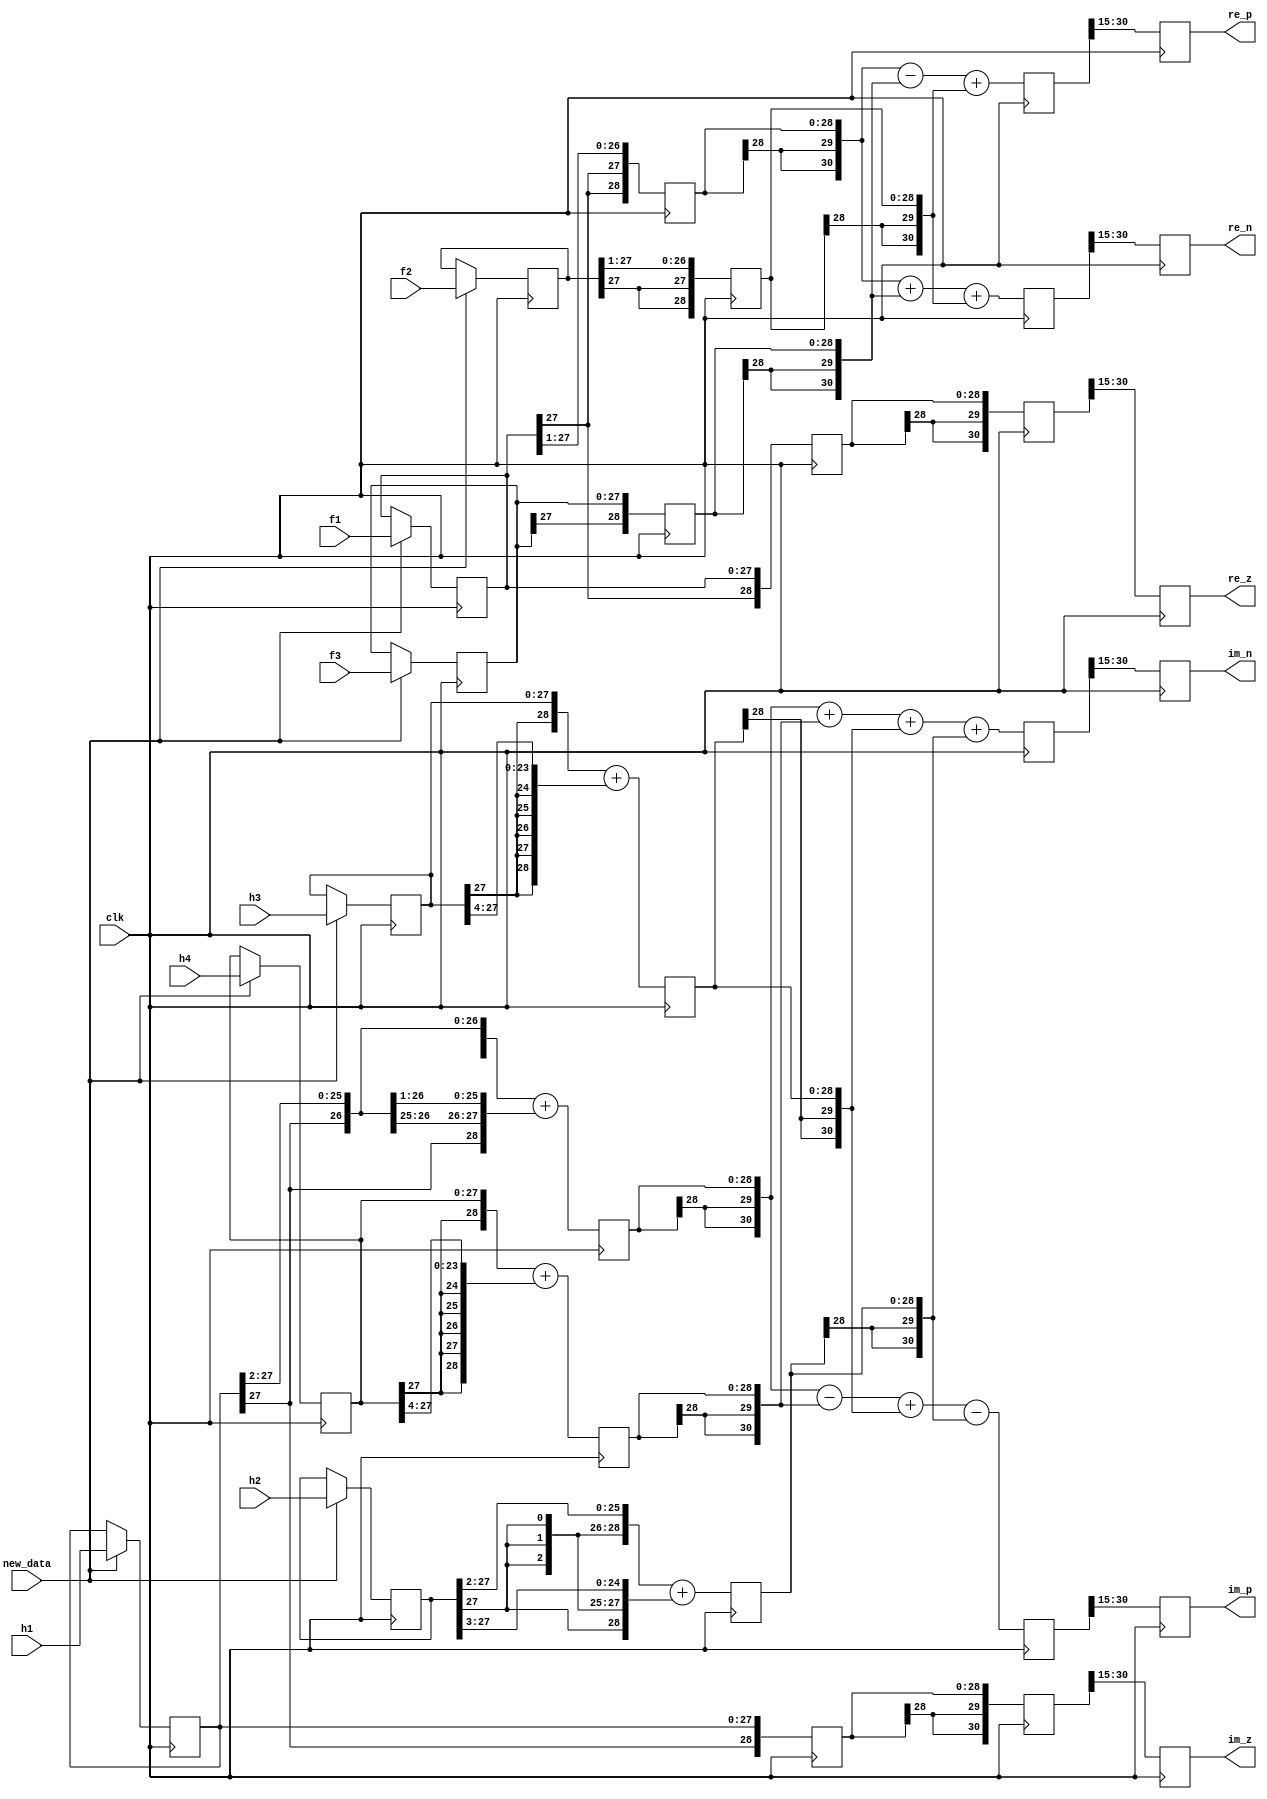
module steer_fltr (clk, new_data, f1, f2, f3, h1, h2, h3, h4, re_z, im_z, re_p, im_p, re_n, im_n);
   input clk; 
   input new_data; 
   input[27:0] f1; 
   input[27:0] f2; 
   input[27:0] f3; 
   input[27:0] h1; 
   input[27:0] h2; 
   input[27:0] h3; 
   input[27:0] h4; 
   output[15:0] re_z; 
   reg[15:0] re_z;
   output[15:0] im_z; 
   reg[15:0] im_z;
   output[15:0] re_p; 
   reg[15:0] re_p;
   output[15:0] im_p; 
   reg[15:0] im_p;
   output[15:0] re_n; 
   reg[15:0] re_n;
   output[15:0] im_n; 
   reg[15:0] im_n;
   reg[27:0] f1_reg; 
   reg[27:0] f2_reg; 
   reg[27:0] f3_reg; 
   reg[27:0] h1_reg; 
   reg[27:0] h2_reg; 
   reg[27:0] h3_reg; 
   reg[27:0] h4_reg; 
   reg[28:0] re_z_tmp_1; 
   reg[28:0] im_z_tmp_1; 
   reg[28:0] re_p_tmp_1; 
   reg[28:0] re_p_tmp_2; 
   reg[28:0] re_p_tmp_3; 
   reg[28:0] im_p_tmp_1; 
   reg[28:0] im_p_tmp_2; 
   reg[28:0] im_p_tmp_3; 
   reg[28:0] im_p_tmp_4; 
   reg[30:0] re_z_tmp; 
   reg[30:0] im_z_tmp; 
   reg[30:0] re_p_tmp; 
   reg[30:0] im_p_tmp; 
   reg[30:0] re_n_tmp; 
   reg[30:0] im_n_tmp; 
   always @(posedge clk)
   begin
         if (new_data == 1'b1)
         begin
            f1_reg <= f1 ; 
            f2_reg <= f2 ; 
            f3_reg <= f3 ; 
            h1_reg <= h1 ; 
            h2_reg <= h2 ; 
            h3_reg <= h3 ; 
            h4_reg <= h4 ; 
         end 
   end 
   always @(posedge clk)
   begin
         re_z_tmp_1 <= {f1_reg[27], f1_reg} ; 
         im_z_tmp_1 <= {h1_reg[27], h1_reg} ; 
         re_p_tmp_1 <= {f1_reg[27], f1_reg[27], f1_reg[27:1]} ; 
         re_p_tmp_2 <= {f3_reg[27], f3_reg[27:0]} ; 
         re_p_tmp_3 <= {f2_reg[27], f2_reg[27], f2_reg[27:1]} ; 
         im_p_tmp_1 <= ({h1_reg[27], h1_reg[27], h1_reg[27], h1_reg[27:2]}) + ({h1_reg[27], h1_reg[27], h1_reg[27], h1_reg[27], h1_reg[27:3]}) ; 
         im_p_tmp_2 <= ({h4_reg[27], h4_reg}) + ({h4_reg[27], h4_reg[27], h4_reg[27], h4_reg[27], h4_reg[27], h4_reg[27:4]}) ; 
         im_p_tmp_3 <= ({h3_reg[27], h3_reg}) + ({h3_reg[27], h3_reg[27], h3_reg[27], h3_reg[27], h3_reg[27], h3_reg[27:4]}) ; 
         im_p_tmp_4 <= ({h2_reg[27], h2_reg[27], h2_reg[27], h2_reg[27:2]}) + ({h2_reg[27], h2_reg[27], h2_reg[27], h2_reg[27], h2_reg[27:3]}) ; 
         re_z_tmp <= {re_z_tmp_1[28], re_z_tmp_1[28], re_z_tmp_1} ; 
         im_z_tmp <= {im_z_tmp_1[28], im_z_tmp_1[28], im_z_tmp_1} ; 
         re_p_tmp <= ({re_p_tmp_1[28], re_p_tmp_1[28], re_p_tmp_1}) - ({re_p_tmp_2[28], re_p_tmp_2[28], re_p_tmp_2}) + ({re_p_tmp_3[28], re_p_tmp_3[28], re_p_tmp_3}) ; 
         im_p_tmp <= ({im_p_tmp_1[28], im_p_tmp_1[28], im_p_tmp_1}) - ({im_p_tmp_2[28], im_p_tmp_2[28], im_p_tmp_2}) + ({im_p_tmp_3[28], im_p_tmp_3[28], im_p_tmp_3}) - ({im_p_tmp_4[28], im_p_tmp_4[28], im_p_tmp_4}) ; 
         re_n_tmp <= ({re_p_tmp_1[28], re_p_tmp_1[28], re_p_tmp_1}) + ({re_p_tmp_2[28], re_p_tmp_2[28], re_p_tmp_2}) + ({re_p_tmp_3[28], re_p_tmp_3[28], re_p_tmp_3}) ; 
         im_n_tmp <= ({im_p_tmp_1[28], im_p_tmp_1[28], im_p_tmp_1}) + ({im_p_tmp_2[28], im_p_tmp_2[28], im_p_tmp_2}) + ({im_p_tmp_3[28], im_p_tmp_3[28], im_p_tmp_3}) + ({im_p_tmp_4[28], im_p_tmp_4[28], im_p_tmp_4}) ; 
         re_z <= re_z_tmp[30:15] ; 
         im_z <= im_z_tmp[30:15] ; 
         re_p <= re_p_tmp[30:15] ; 
         im_p <= im_p_tmp[30:15] ; 
         re_n <= re_n_tmp[30:15] ; 
         im_n <= im_n_tmp[30:15] ; 
   end 
endmodule